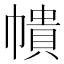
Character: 𭘵